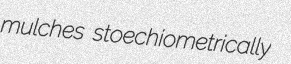
mulches stoechiometrically